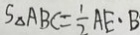
S _ { \Delta } A B C = \frac { 1 } { 2 } A E \cdot B